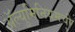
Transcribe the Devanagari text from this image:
ॲल्युमिनियमची